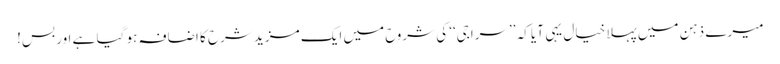
میرے ذہن میں پہلا خیال یہی آیا کہ ’’سراجی‘‘ کی شروح میں ایک مزید شرح کا اضافہ ہو گیا ہے اور بس!